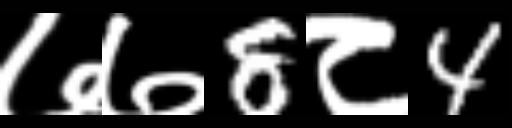
Text: ७७8८4